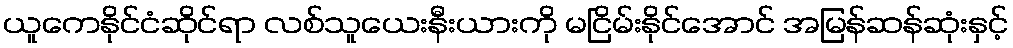
ယူကေနိုင်ငံဆိုင်ရာ လစ်သူယေးနီးယားကို မငြိမ်းနိုင်အောင် အမြန်ဆန်ဆုံးနှင့်